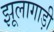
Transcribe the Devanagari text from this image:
झूलागाड़ी